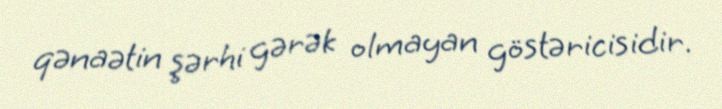
qənaətin şərhi gərək olmayan göstəricisidir.